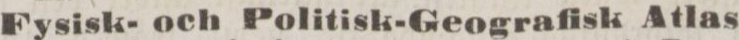
Fysisk- och Politisk-Geografisk Atlas